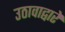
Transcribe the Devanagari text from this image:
उठावाद्वारे